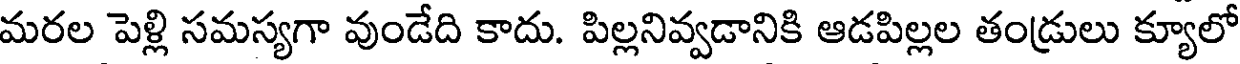
మరల పెళ్లి సమస్యగా వుండేది కాదు. పిల్లనివ్వడానికి ఆడపిల్లల తండ్రులు క్యూలో